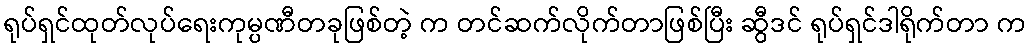
ရုပ်ရှင်ထုတ်လုပ်ရေးကုမ္ပဏီတခုဖြစ်တဲ့ က တင်ဆက်လိုက်တာဖြစ်ပြီး ဆွီဒင် ရုပ်ရှင်ဒါရိုက်တာ က